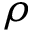
\rho